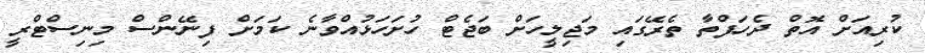
ކުރިއަށް އޮތް ދެހަފްތާ ތެރޭގައި މަޖިލީހަށް ބަޖެޓް ހުށަހަޅުއްވާނެ ކަމަށް ފިނޭންސް މިނިސްޓްރީ